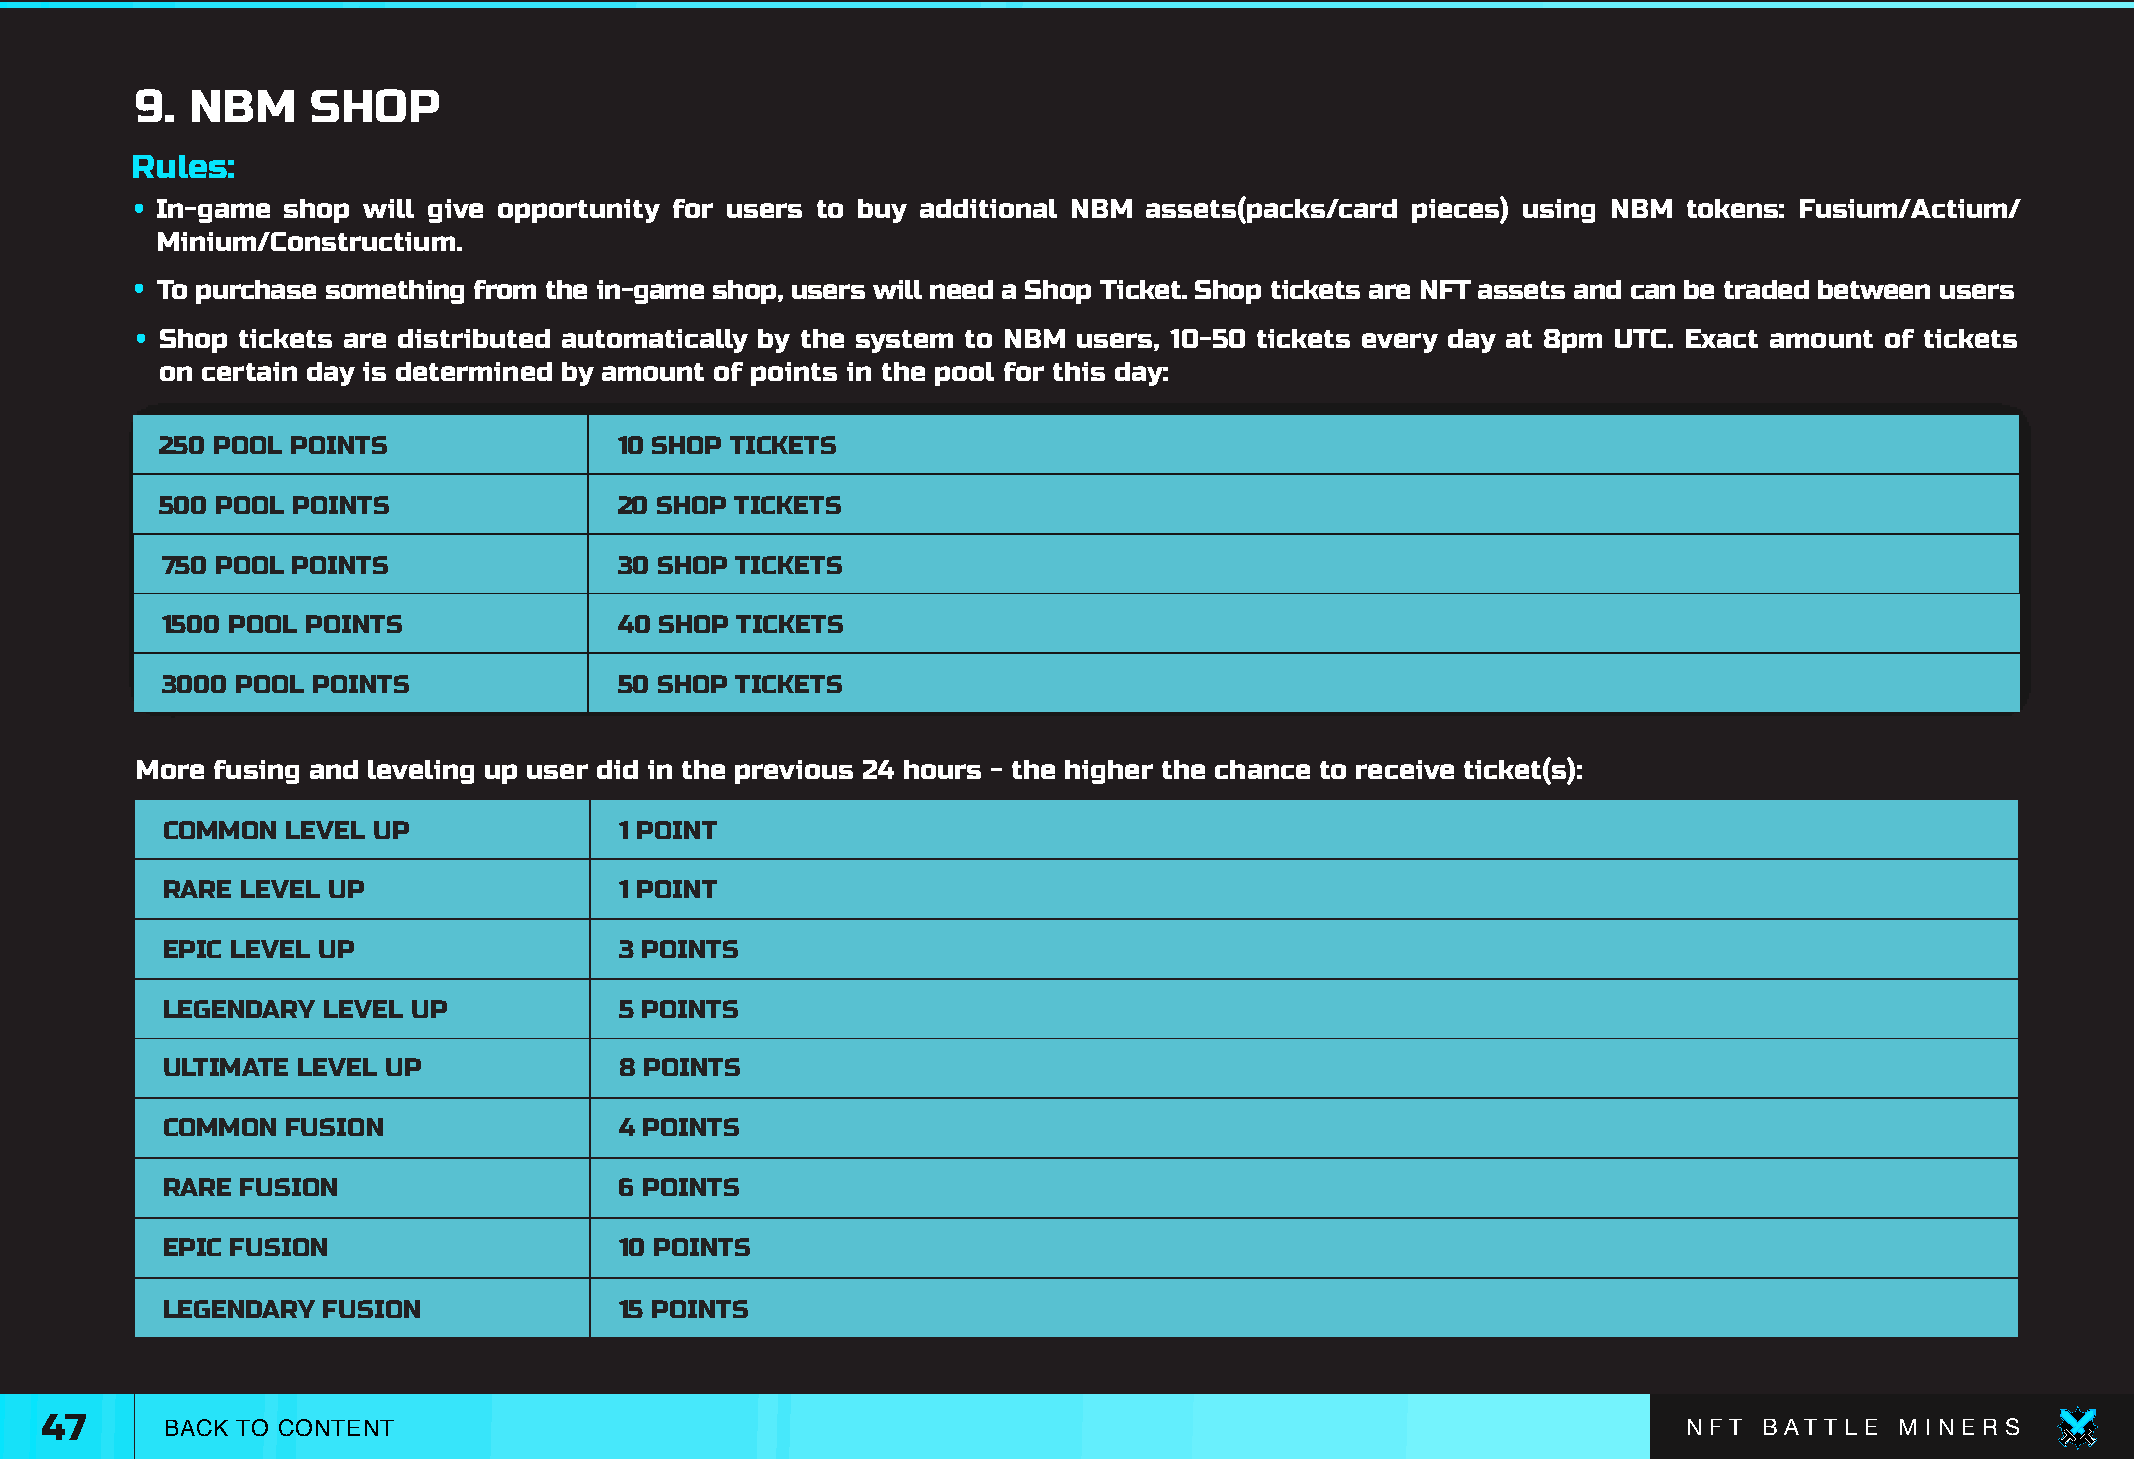
9.  NBM     SHOP
 Rules:
 • In-game shop will give opportunity for users to buy additional NBM assets(packs/card pieces) using NBM tokens: Fusium/Actium/
 Minium/Constructium.
 • To purchase something from the in-game shop, users will need a Shop Ticket. Shop tickets are NFT assets and can be traded between users
 • Shop tickets are distributed automatically by the system to NBM users, 10-50 tickets every day at 8pm UTC. Exact amount of tickets
 on certain day is determined by amount of points in the pool for this day:
 250 POOL POINTS               10 SHOP TICKETS
 500 POOL POINTS               20 SHOP TICKETS
 750 POOL POINTS               30 SHOP TICKETS
 1500 POOL POINTS              40 SHOP TICKETS
 3000 POOL POINTS              50 SHOP TICKETS
 More fusing and leveling up user did in the previous 24 hours - the higher the chance to receive ticket(s):
 COMMON  LEVEL UP              1 POINT
 RARE LEVEL UP                 1 POINT
 EPIC LEVEL UP                 3 POINTS
 LEGENDARY LEVEL UP            5 POINTS
 ULTIMATE LEVEL UP             8 POINTS
 COMMON  FUSION                4 POINTS
 RARE FUSION                   6 POINTS
 EPIC FUSION                   10 POINTS
 LEGENDARY FUSION              15 POINTS
 47      BACK TO CONTENT                                                                                      N F T B AT T L E M I N E R S